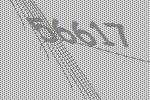
56617